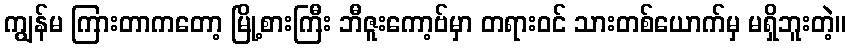
ကျွန်မ ကြားတာကတော့ မြို့စားကြီး ဘီဇူးကော့ဗ်မှာ တရားဝင် သားတစ်ယောက်မှ မရှိဘူးတဲ့။